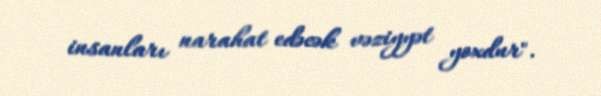
insanları narahat edəcək vəziyyət yoxdur".